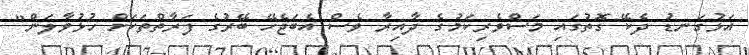
އަޅުގަނޑު ދެކޭ ގޮތުގައި މަސްވެރިކަމުގެ ދާއިރާ ވެސް އެބަޖެހޭ ބޭރުގެ ފަރާތްތަކަށް ހުޅުވާލަން"